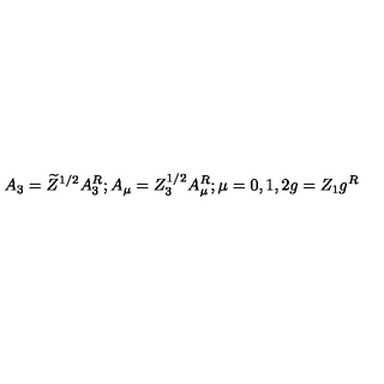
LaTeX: A _ { 3 } = \widetilde { Z } ^ { 1 / 2 } A _ { 3 } ^ { R } ; A _ { \mu } = Z _ { 3 } ^ { 1 / 2 } A _ { \mu } ^ { R } ; \mu = 0 , 1 , 2 g = Z _ { 1 } g ^ { R }